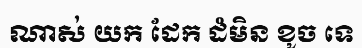
ណាស់ យក ដែក ដំមិន ខូច ទេ